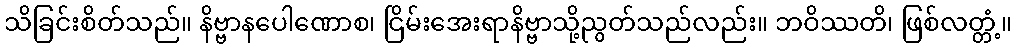
သိခြင်းစိတ်သည်။ နိဗ္ဗာနပေါဏောစ၊ ငြိမ်းအေးရာနိဗ္ဗာသို့ညွတ်သည်လည်း။ ဘဝိဿတိ၊ ဖြစ်လတ္တံ့။